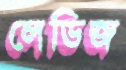
লেডিজ